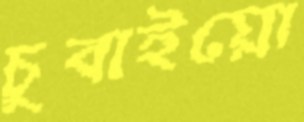
চুবাইয়ো